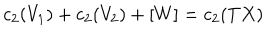
c _ { 2 } ( V _ { 1 } ) + c _ { 2 } ( V _ { 2 } ) + [ W ] = c _ { 2 } ( T X )